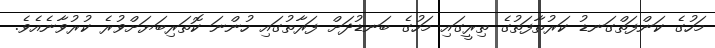
މަހުގެ ކަންފަތްގަނޑު ކަރުތާފަތުގެ ތިރީގައި މަހުގެ ބަނޑުދަށް ފަރާތުގައި ހުންނަ ކޮތަރިބަޔަށްވުރެ ކުރުވާނެއެވެ.